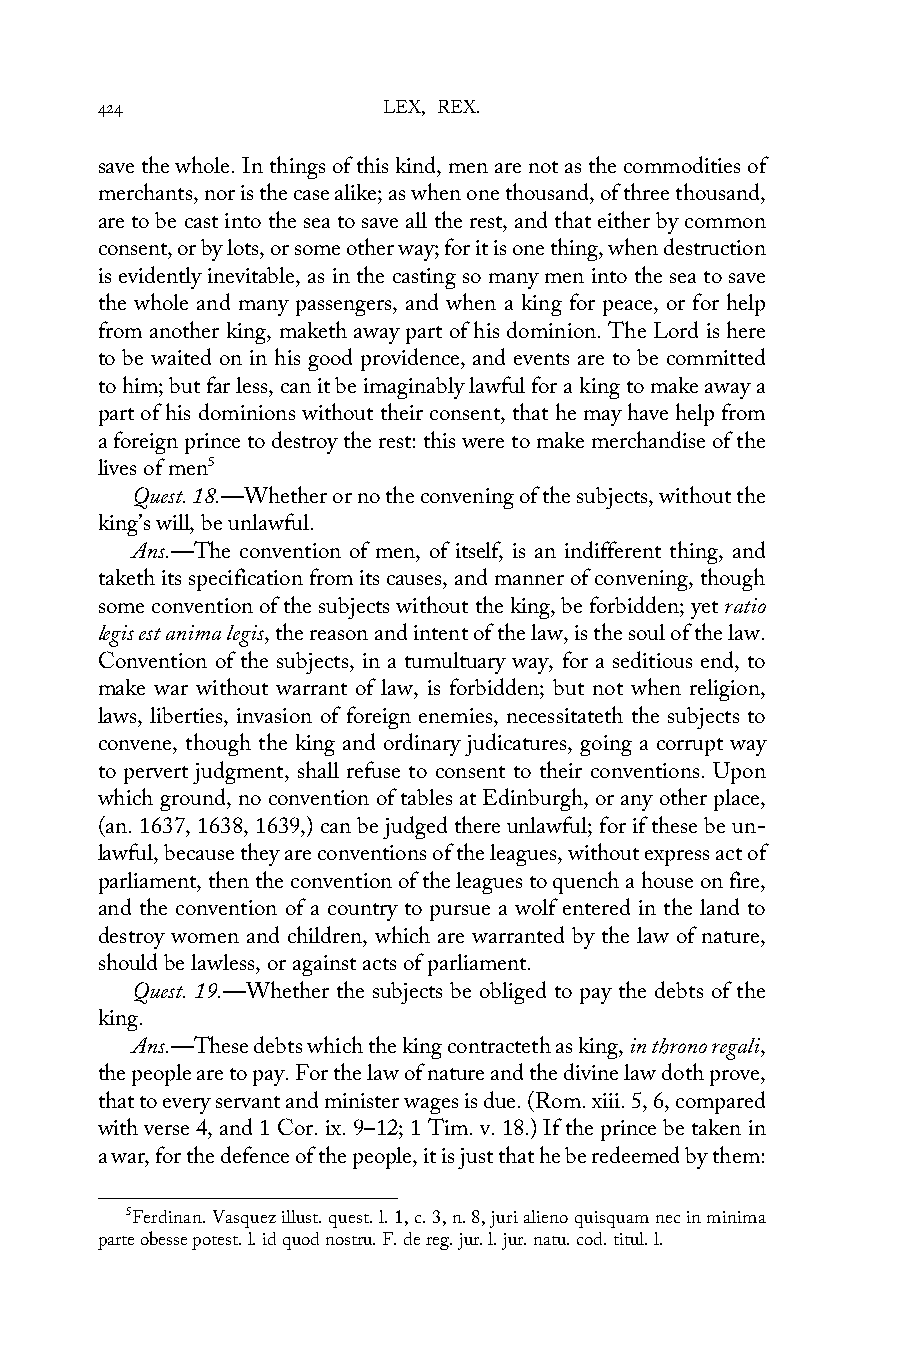
424                LEX, REX.
 save the whole. In things of this kind, men are not as the commodities of
 merchants, nor is the case alike; as when one thousand, of three thousand,
 are to be cast into the sea to save all the rest, and that either by common
 consent, or by lots, or some other way; for it is one thing, when destruction
 is evidently inevitable, as in the casting so many men into the sea to save
 the whole and many passengers, and when a king for peace, or for help
 from another king, maketh away part of his dominion. The Lord is here
 to be waited on in his good providence, and events are to be committed
 to him; but far less, can it be imaginably lawful for a king to make away a
 part of his dominions without their consent, that he may have help from
 a foreign prince to destroy the rest: this were to make merchandise of the
 lives of men5
 Quest. 18.—Whether or no the convening of the subjects, without the
 king’s will, be unlawful.
 Ans.—The convention of men, of itself, is an indifferent thing, and
 taketh its specification from its causes, and manner of convening, though
 some convention of the subjects without the king, be forbidden; yet ratio
 legis est anima legis, the reason and intent of the law, is the soul of the law.
 Convention of the subjects, in a tumultuary way, for a seditious end, to
 make war without warrant of law, is forbidden; but not when religion,
 laws, liberties, invasion of foreign enemies, necessitateth the subjects to
 convene, though the king and ordinary judicatures, going a corrupt way
 to pervert judgment, shall refuse to consent to their conventions. Upon
 which ground, no convention of tables at Edinburgh, or any other place,
 (an. 1637, 1638, 1639,) can be judged there unlawful; for if these be un-
 lawful, because they are conventions of the leagues, without express act of
 parliament, then the convention of the leagues to quench a house on fire,
 and the convention of a country to pursue a wolf entered in the land to
 destroy women and children, which are warranted by the law of nature,
 should be lawless, or against acts of parliament.
 Quest. 19.—Whether the subjects be obliged to pay the debts of the
 king.
 Ans.—These debts which the king contracteth as king, in throno regali,
 the people are to pay. For the law of nature and the divine law doth prove,
 that to every servant and minister wages is due. (Rom. xiii. 5, 6, compared
 with verse 4, and 1 Cor. ix. 9–12; 1 Tim. v. 18.) If the prince be taken in
 a war, for the defence of the people, it is just that he be redeemed by them:
 5Ferdinan. Vasquez illust. quest. l. 1, c. 3, n. 8, juri alieno quisquam nec in minima
 parte obesse potest. l. id quod nostru. F. de reg. jur. l. jur. natu. cod. titul. l.